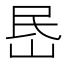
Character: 𡶘